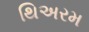
થિઅરમ